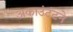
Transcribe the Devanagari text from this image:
अकाउंटंटने